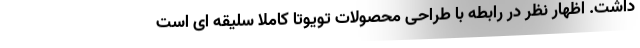
داشت. اظهار نظر در رابطه با طراحی محصولات تویوتا کاملا سلیقه ای است